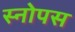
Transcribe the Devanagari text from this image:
स्नोपस